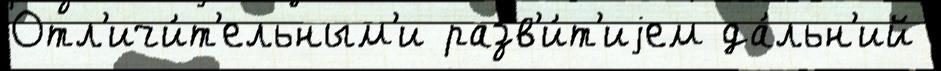
Отл'ичи́т'ельным'и разв'и́т'иjем да́льн'ий